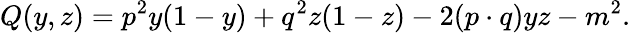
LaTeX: Q(y,z)=p^{2}y(1-y)+q^{2}z(1-z)-2(p\cdot q)yz-m^{2}.